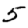
Digit: 5